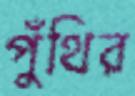
পুঁথির